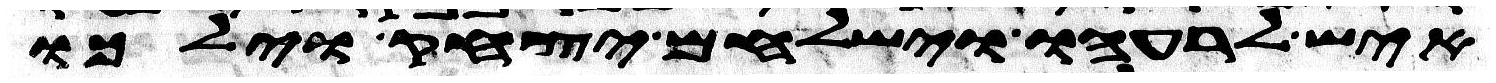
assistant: איש לרעהו וישלחם יצחק וילכו